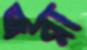
জ্বরা